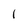
Character: l